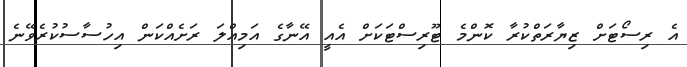
އެ ރިސޯޓަށް ޒިޔާރަތްކުރާ ކޮންމެ ޓޫރިސްޓަކަށް އެއީ އޭނާގެ އަމިއްލަ ރަށެއްކަން އިހުސާސުކުރެވޭނެ